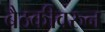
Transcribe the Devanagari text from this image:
बैठकीवरुन